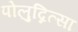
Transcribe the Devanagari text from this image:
पोलुद्नित्सा